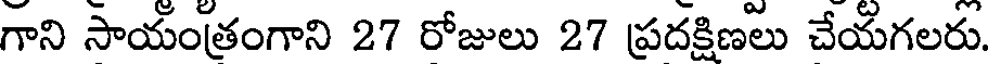
గాని సాయంత్రంగాని 27 రోజులు 27 ప్రదక్షిణలు చేయగలరు.